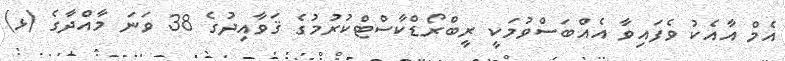
އެމް އާއެކު ވެފައިވާ އެއްބަސްވުމަކީ ރީބްރޯޑްކާސްޓްކުރުމުގެ ޤަވާއިދުގެ 38 ވަނަ މާއްދާގެ (ޅ)